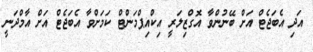
އަދި އެބަޖެޓް އަށް ބޭނުންވާ އޮގްޒިލަރީ އިކްއިޕްމަންޓް ކަމަށްވާ އެބަޖެޓް އަށް އާމްދަނީ